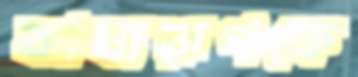
কাব্যরূপকে